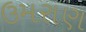
ઉમરાણ